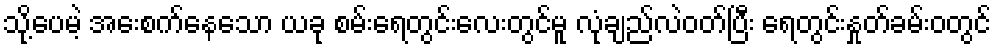
သို့ပေမဲ့ အေးစက်နေသော ယခု စမ်းရေတွင်းလေးတွင်မူ လုံချည်လဲဝတ်ပြီး ရေတွင်းနှုတ်ခမ်းဝတွင်